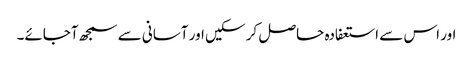
اور اس سے استعفادہ حاصل کر سکیں اور آسانی سے سمجھ آجائے۔